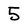
Character: 5